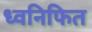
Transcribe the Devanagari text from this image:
ध्वनिफित